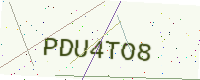
Text: PDU4TO8